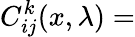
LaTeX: C_{ij}^{k}(x,\lambda)=